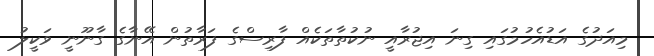
މިއަދުގެ އަޑުއެހުމުގައި ގިނަ އިޖުރާއީ ނުކުތާތަކެއް ފާރިސްގެ ފަރާތުން އޭނާގެ ގާނޫނީ ވަކީލު